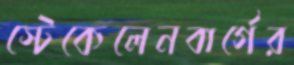
স্টেকেলেনবার্গের